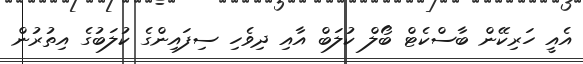
އެއީ ހަރިކޭން ބާސްކެޓް ބޯލް ކުލަބް އާއި ދިވެހި ސިފައިންގެ ކުލަބުގެ އިތުރުން